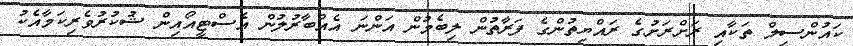
ކައުންސިލް ތަކާއި ރަށްރަށުގެ ރައްޔިތުންގެ ފަރާތުން ލިބެމުން އަންނަ އެއްބާރުލުން އެސްޓީއޯއިން ޝުކުރުވެރިކަމާއެކު